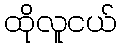
ထိုလူငယ်